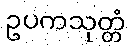
ဥပကသုတ္တံ